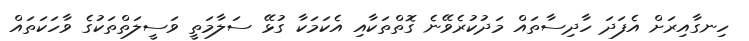
ހިނގާއިރަށް އެފަދަ ހާދިސާތައް މަދުކުރެވޭނެ ގޮތްތަކާއި އެކަމަކާ ގުޅޭ ސަލާމަތީ ވަސީލަތްތަކުގެ ވާހަކަތައް